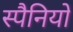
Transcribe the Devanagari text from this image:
स्पैनियों